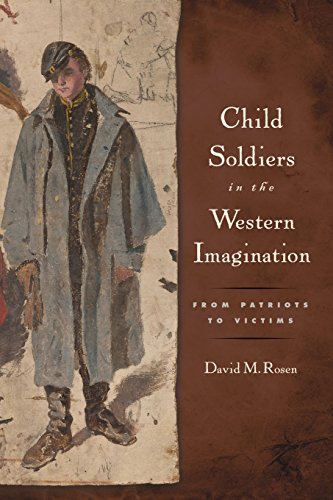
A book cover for Child Soldiers in the Western Imagination: From Patriots to Victims (Rutgers Series in Childhood Studies); David M Rosen; History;